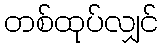
တစ်ထုပ်လျှင်